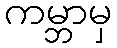
ကမ္ဘာမှ